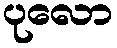
ပုလော